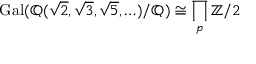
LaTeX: \operatorname { G a l } ( \mathbb { Q } ( { \sqrt { 2 } } , { \sqrt { 3 } } , { \sqrt { 5 } } , \ldots ) / \mathbb { Q } ) \cong \prod _ { p } \mathbb { Z } / 2